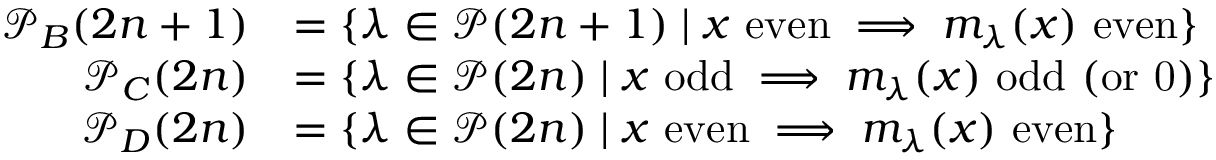
\begin{array} { r l } { \mathcal { P } _ { B } ( 2 n + 1 ) } & { = \{ \lambda \in \mathcal { P } ( 2 n + 1 ) \mid x \mathrm { ~ e v e n } \implies m _ { \lambda } ( x ) \mathrm { ~ e v e n } \} } \\ { \mathcal { P } _ { C } ( 2 n ) } & { = \{ \lambda \in \mathcal { P } ( 2 n ) \mid x \mathrm { ~ o d d } \implies m _ { \lambda } ( x ) \mathrm { ~ o d d ~ ( o r ~ 0 ) } \} } \\ { \mathcal { P } _ { D } ( 2 n ) } & { = \{ \lambda \in \mathcal { P } ( 2 n ) \mid x \mathrm { ~ e v e n } \implies m _ { \lambda } ( x ) \mathrm { ~ e v e n } \} } \end{array}